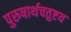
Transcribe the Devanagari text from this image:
पुरुषार्थचतुष्टय